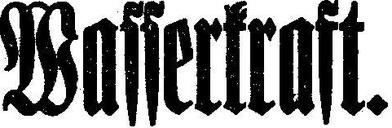
Wasserkraft.